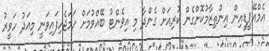
އެމްއޭޕީޑީއިން އިންތިޒާމުކޮށްގެން ކުރިއަށް ގެންދާ މި އިވެންޓު ބޭއްވުމަށް ހަމަޖެހިފައިވަނީ މިއަދު ހަވީރު